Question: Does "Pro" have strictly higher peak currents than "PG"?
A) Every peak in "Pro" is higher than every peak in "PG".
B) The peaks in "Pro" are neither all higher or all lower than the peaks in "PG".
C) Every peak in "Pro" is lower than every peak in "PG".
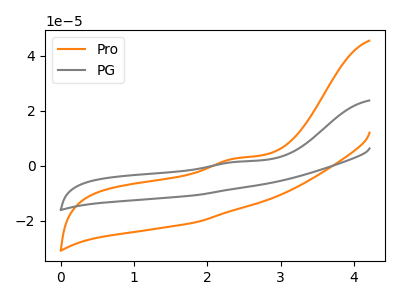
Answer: <think>The orange curve "Pro" has an anodic peak at: (2.40V, 2.70uA). The gray curve "PG" has an anodic peak at: (2.40V, 1.40uA).</think>
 <answer>A) Every peak in "Pro" is higher than every peak in "PG".</answer>
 <eval>A</eval>